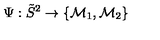
\Psi : \tilde { S } ^ { 2 } \to \{ { \cal M } _ { 1 } , { \cal M } _ { 2 } \} \,